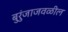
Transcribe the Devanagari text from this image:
बुरुंजाजवळील